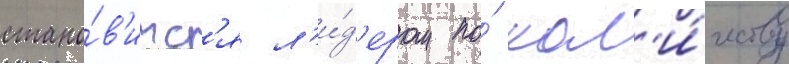
стано́в'итс'я л'и́д'ером по́ кол'и́честву